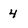
Character: 4